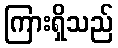
ကြားရှိသည်